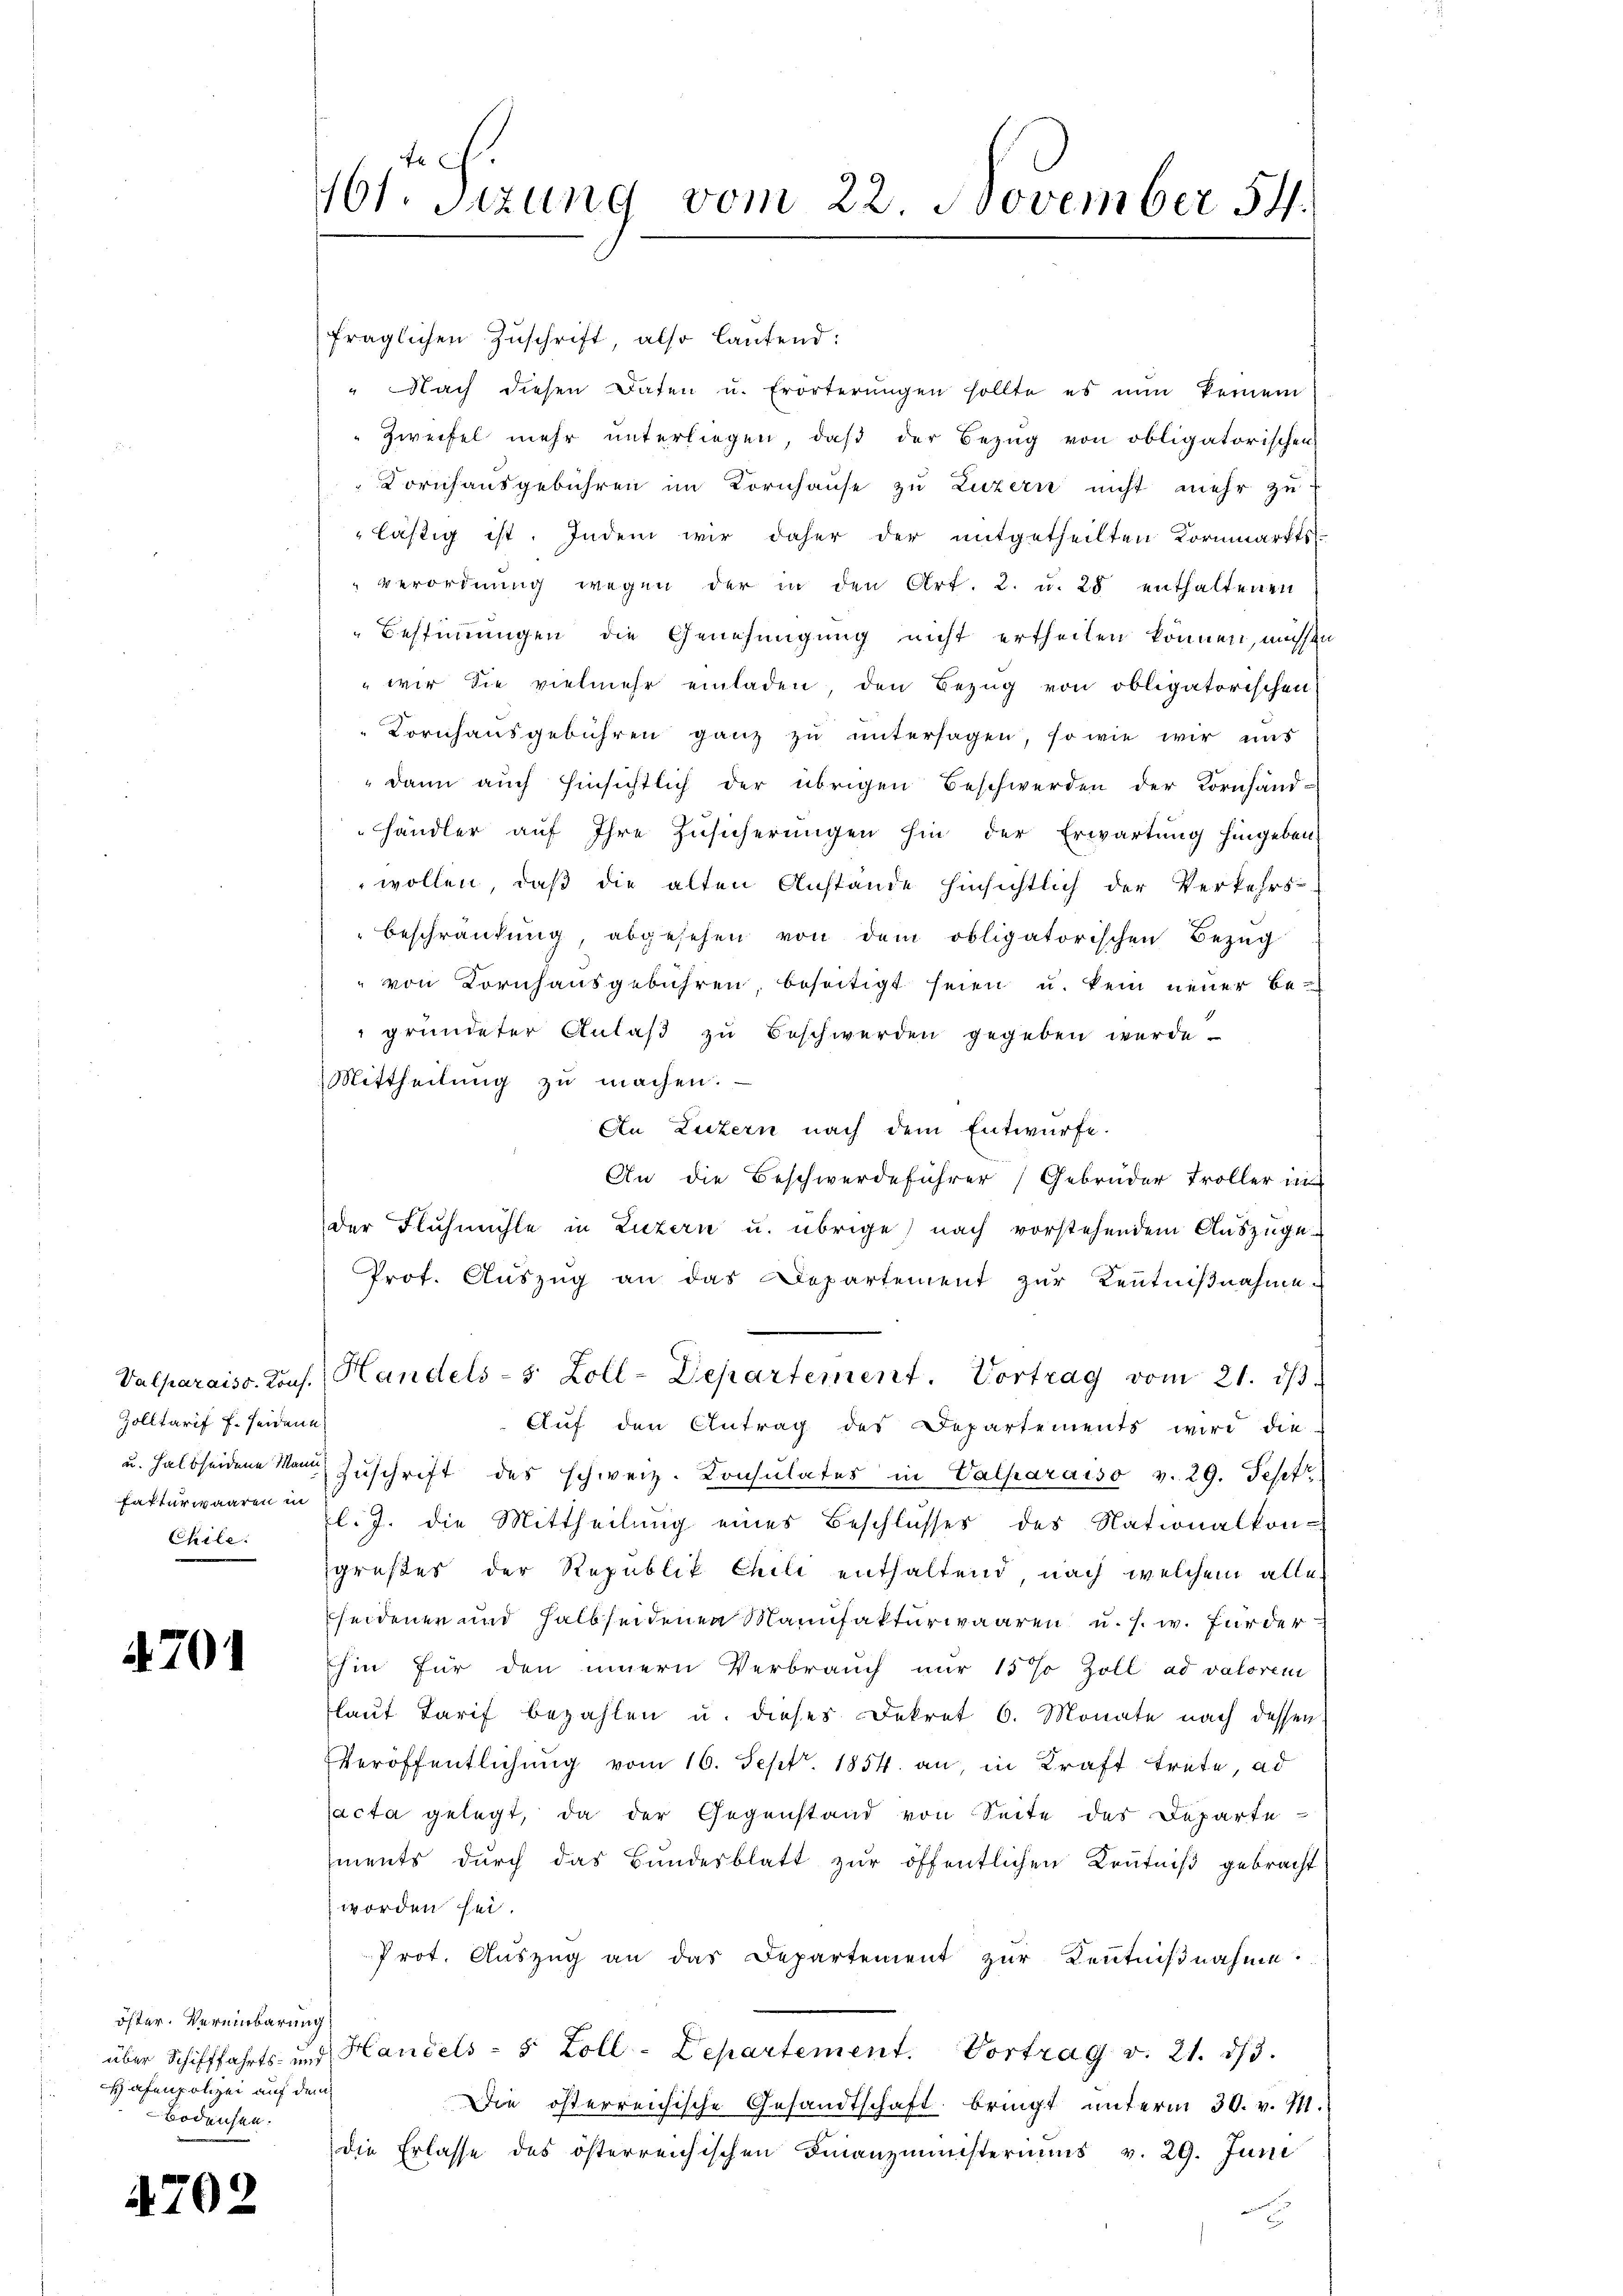
Zolltarif f. seidene
fakturwaaren in
Chile.

4701

fraglichen Zuschrift, also lautend:
" Nach diesen Daten u. Erörterŭngen sollte es nun keinem
Zweifel mehr unterliegen, daß der Bezug von obligatorischen
Kornhausgebühren im Kornhause zu Luzern nicht mehr zu
lästig ist. Indem wir daher der mitgetheilten Kornmarkts-
verordnung wegen der in den Art. 2. u. 25 enthaltenen
Bestimmungen die Genehmigung nicht ertheilen können, mich a
 wir die vielmehr einladen, den Bezug von obligatorischen
Kornhaŭsgebühren ganz zŭ ŭntersagen, so wie wir uns
dann auch hinsichtlich der übrigen Beschwerden der Kornhand-
händler auf Ihre Zusicherungen hin der Erwartung hingeben
wollen, daß die alten Anstände hinsichtlich der Verkehrs-
Beschränkung, abgesehen von dem obligatorischen Bezug
" von Kornhaŭsgebühren, beseitigt seien u. kein neŭer be-
gründeter Anlaß zu Beschwerden gegeben werde.
Mittheilung zu machen.
An Luzern nach dem Entwürfe.
An die Beschwerdeführer Gebrüder Troller in
der Fluhmühle in Luzern u. übrige nach vorstehendem Auszüge
Prof. Auszug an das Departement zur Kenntnißnahme
Valparaiss. Kons. Handels-5 Zoll-Departement. Vortrag vom 21. dβ.
Auf den Antrag des Departements wird die
u. halbseidene Mann Zŭschrift des schweiz. Konsulates in Valparaiso v. 29. Sept
l. J. die Mittheilung eines Beschlusses des Nationalkon-
grußes der Republik Chili enthaltend, nach welchem alle
heidenen und halbseidenen Manufakturwaaren u. s. w. Fürderhin für den innern Verbraŭch nur 15% Zoll ad valoren
laut Tarif bezahlen u. dieses Dekret 6. Monate nach dessen
Veröffentlichung vom 16. Sept 1854. an, in Kraft trete, ad
acta gelegt, da der Gegenstand von Seite des Departe
ments durch das Bundesblatt zur öffentlichen Kenntniß gebracht
worden sei.
Prot. Auszug an das Departement zur Kenntnißnahme.
über Schifffahrts- und Handels- & Zoll-Departement. Vortrag v. 21. dβ.
Die österreichische Gesandtschaft bringt unterm 30. v. M.
die Erlasse des österreichischen Finanzministeriums v. 29. Juni
c

öster. Vereinbarung
Hafenpolizei auf dem
Bodensen.

4702

tich.
161. Sitzung vom 22. November 54.